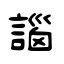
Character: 𧩣